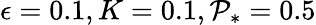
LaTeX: \epsilon=0.1,K=0.1,\mathcal{P}_{*}=0.5